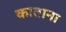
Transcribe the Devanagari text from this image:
काताना